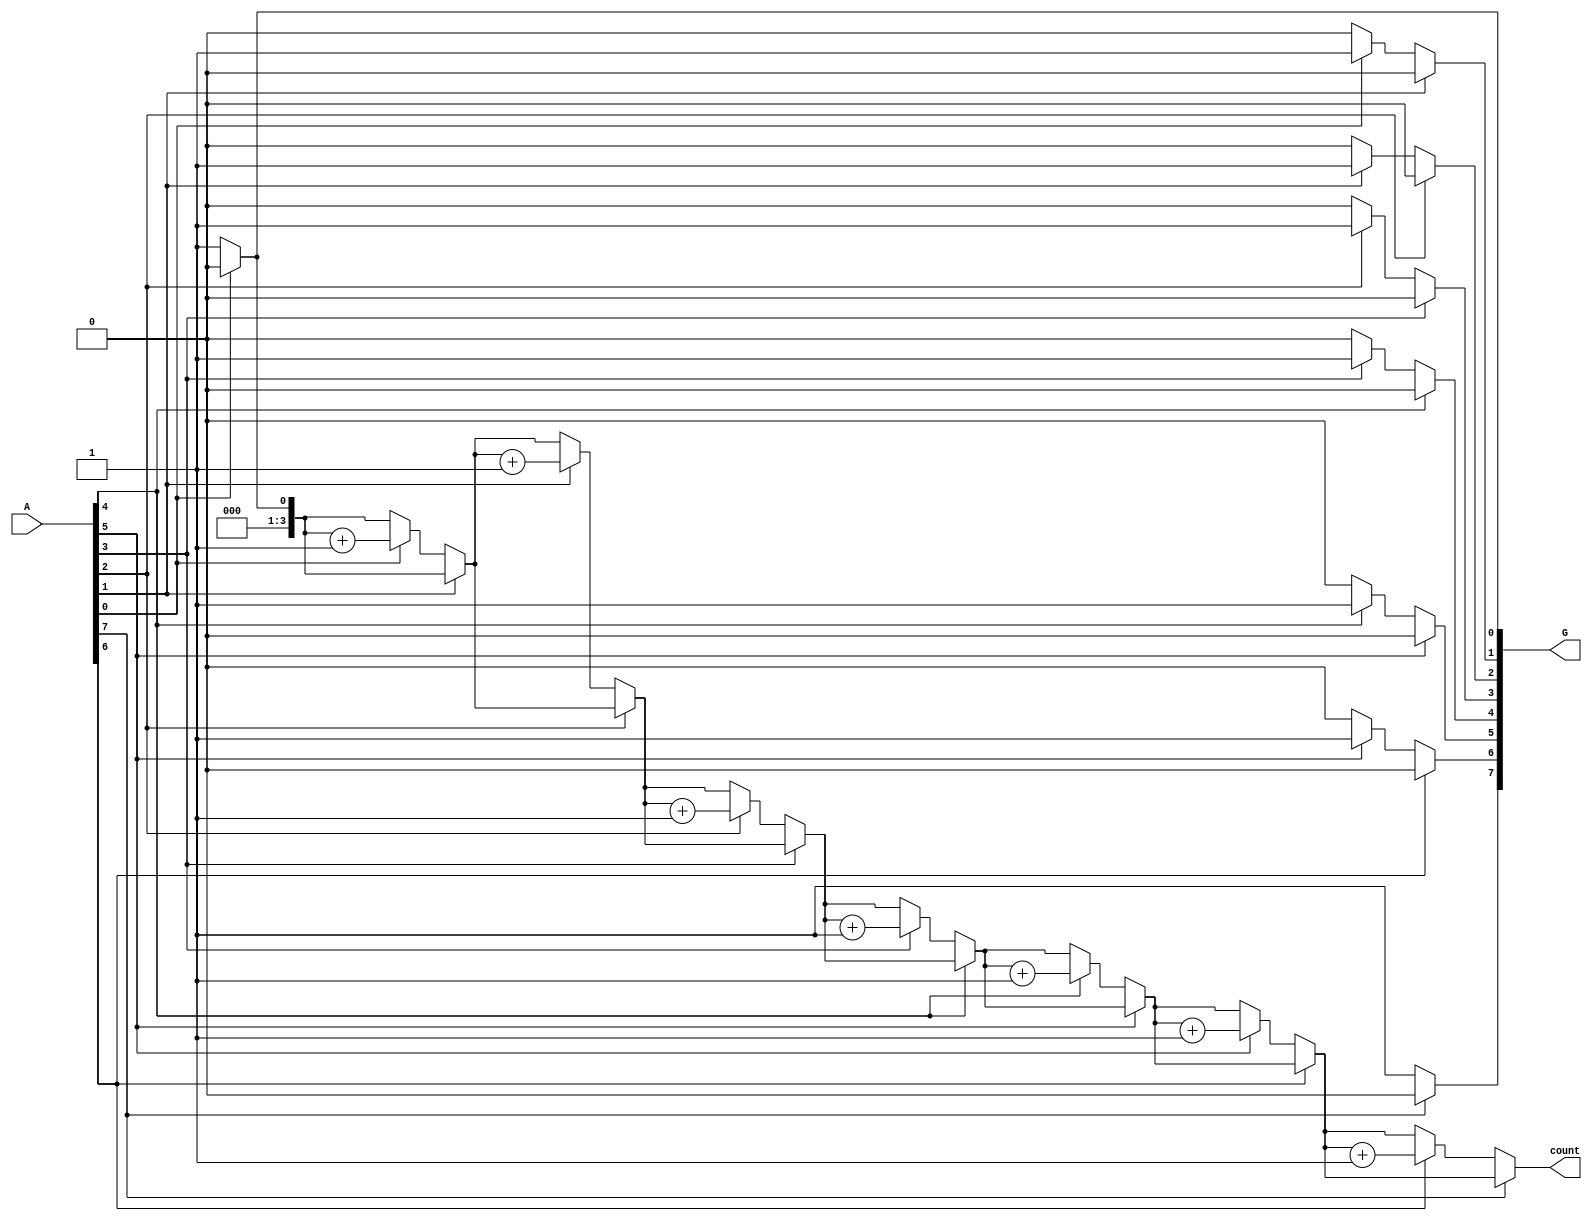
module GroupingOfZeros #(
    parameter N = 8  // Parameter to define the width of the input vector
)(
    input wire [N-1:0] A,  // Input vector
    output reg [N-1:0] G,  // Grouped output (binary representation of zero groups)
    output reg [3:0] count  // Count of contiguous zero groups
);

    integer i;
    reg in_zero_group;
    reg [N-1:0] temp_G;  // Temporary storage for grouped output
    reg [3:0] temp_count; // Temporary count of zero groups

    always @(*) begin
        // Initialize outputs
        temp_G = 0;
        temp_count = 0;
        in_zero_group = 0;

        // Scan through the input vector A
        for (i = 0; i < N; i = i + 1) begin
            if (A[i] == 1) begin
                // End of a zero group
                if (in_zero_group) begin
                    in_zero_group = 0;
                end
            end else begin
                // Start of a zero group
                if (!in_zero_group) begin
                    in_zero_group = 1;
                    temp_count = temp_count + 1;
                    // Set the corresponding bit in the output G
                    temp_G[i] = 1; // Mark the start of a zero group
                end
            end
        end

        // If the last bit is zero, we need to mark the end of the last group
        if (in_zero_group) begin
            temp_G[N-1] = 1; // Mark the last bit as part of a zero group
        end

        // Assign the temporary values to the output registers
        G = temp_G;
        count = temp_count;
    end

endmodule